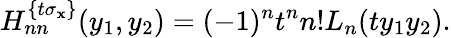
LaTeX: H_{nn}^{\{ t\sigma_{\mathbf{x}}\} }(y_{1},y_{2})=(-1)^{n}t^{n}n!L_{n}(ty_{1}y_{2}).